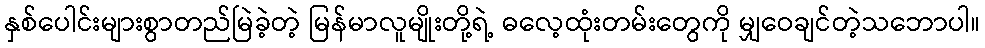
နှစ်ပေါင်းများစွာတည်မြဲခဲ့တဲ့ မြန်မာလူမျိုးတို့ရဲ့ ဓလေ့ထုံးတမ်းတွေကို မျှဝေချင်တဲ့သဘောပါ။